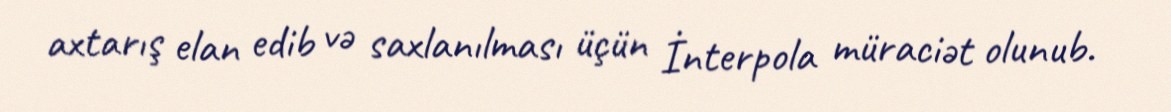
axtarış elan edib və saxlanılması üçün İnterpola müraciət olunub.